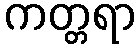
ကတ္တရာ